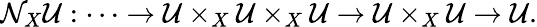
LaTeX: \mathcal{N}_{X}{\mathcal{{U}}}:\dots\to{\mathcal{{U}}}\times_{X}{\mathcal{{U}}}\times_{X}{\mathcal{{U}}}\to{\mathcal{{U}}}\times_{X}{\mathcal{{U}}}\to{\mathcal{{U}}}.